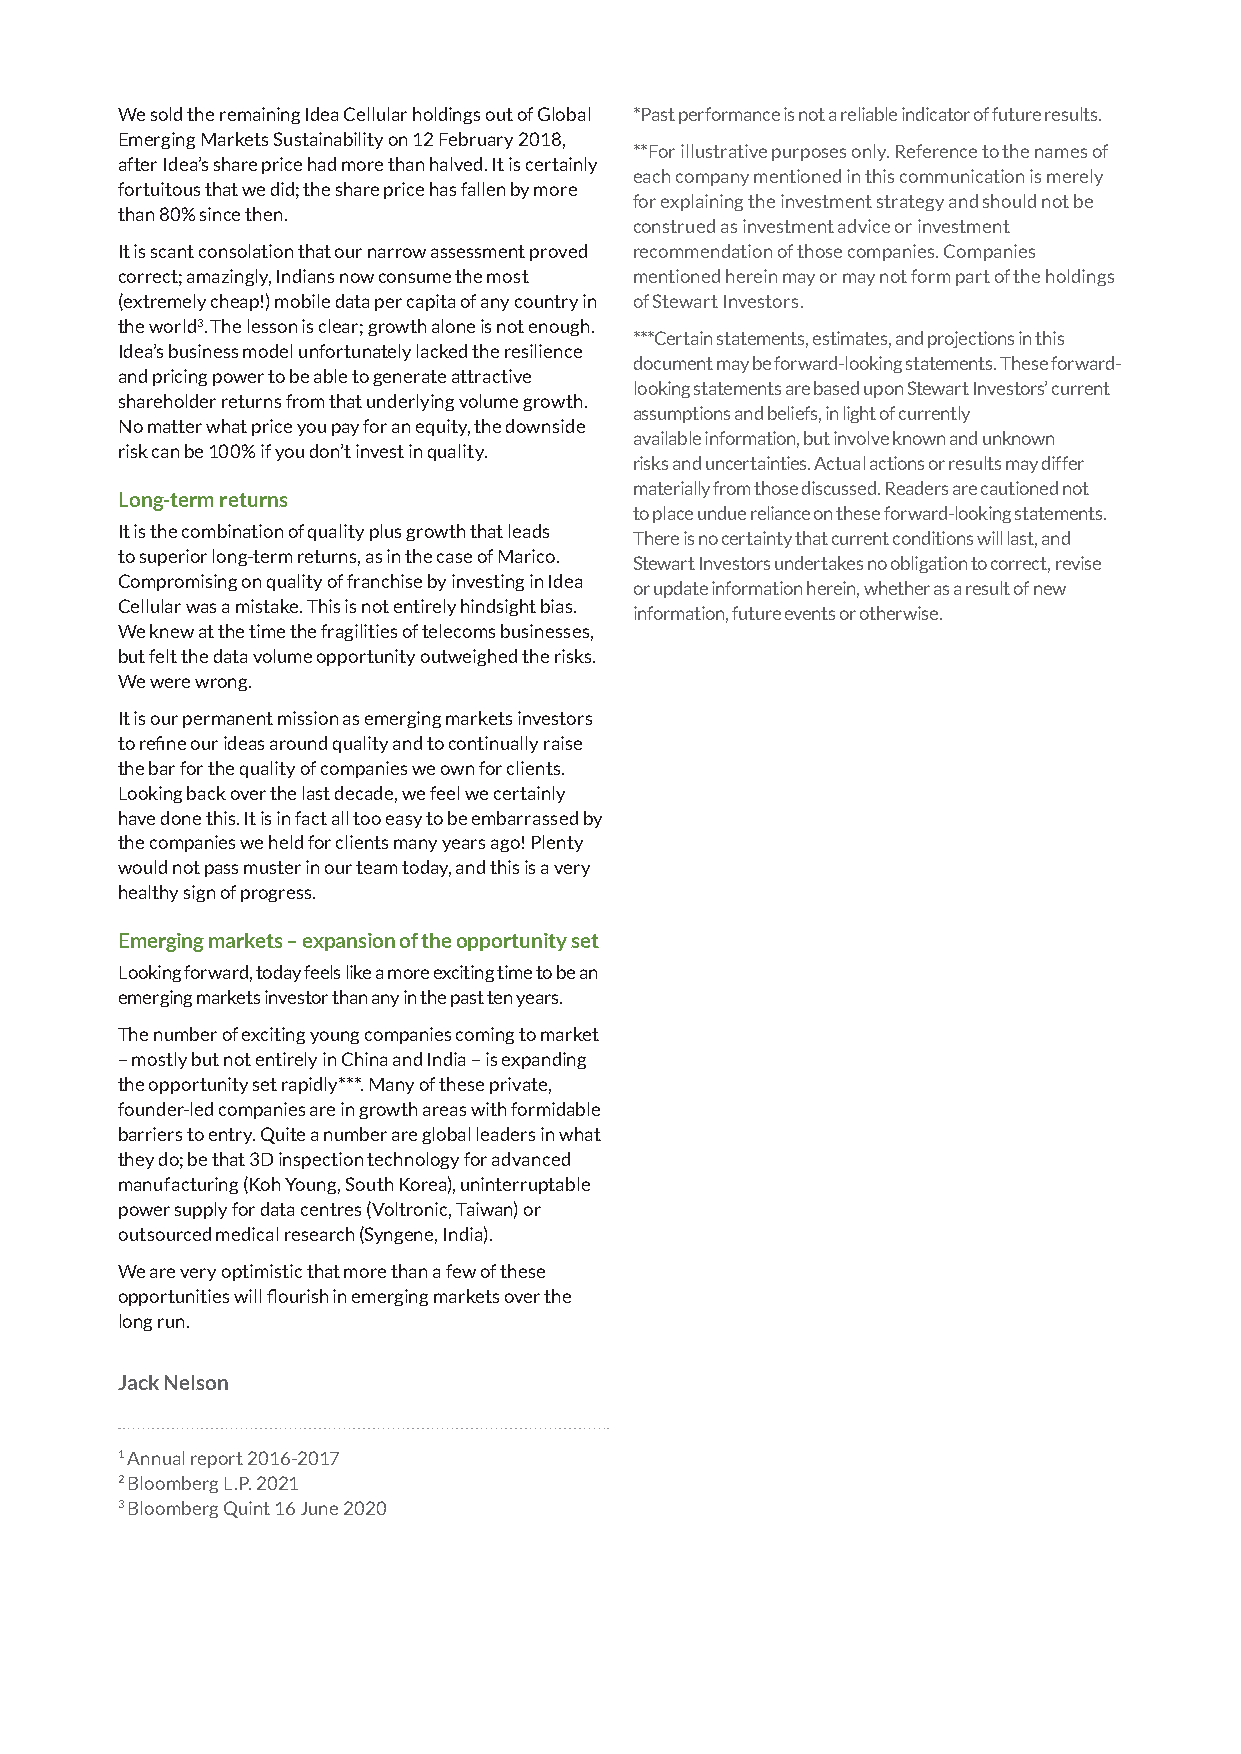
We sold the remaining Idea Cellular holdings out of Global *Past performance is not a reliable indicator of future results.
 Emerging Markets Sustainability on 12 February 2018,
 **For illustrative purposes only. Reference to the names of
 after Idea’s share price had more than halved. It is certainly
 each company mentioned in this communication is merely
 fortuitous that we did; the share price has fallen by more
 for explaining the investment strategy and should not be
 than 80% since then.
 construed as investment advice or investment
 It is scant consolation that our narrow assessment proved recommendation of those companies. Companies
 correct; amazingly, Indians now consume the most mentioned herein may or may not form part of the holdings
 (extremely cheap!) mobile data per capita of any country in of Stewart Investors.
 the world3. The lesson is clear; growth alone is not enough.
 ***Certain statements, estimates, and projections in this
 Idea’s business model unfortunately lacked the resilience
 document may be forward-looking statements. These forward-
 and pricing power to be able to generate attractive
 looking statements are based upon Stewart Investors’ current
 shareholder returns from that underlying volume growth.
 assumptions and beliefs, in light of currently
 No matter what price you pay for an equity, the downside
 available information, but involve known and unknown
 risk can be 100% if you don’t invest in quality.
 risks and uncertainties. Actual actions or results may differ
 materially from those discussed. Readers are cautioned not
 Long-term returns
 to place undue reliance on these forward-looking statements.
 It is the combination of quality plus growth that leads
 There is no certainty that current conditions will last, and
 to superior long-term returns, as in the case of Marico.
 Stewart Investors undertakes no obligation to correct, revise
 Compromising on quality of franchise by investing in Idea
 or update information herein, whether as a result of new
 Cellular was a mistake. This is not entirely hindsight bias.
 information, future events or otherwise.
 We knew at the time the fragilities of telecoms businesses,
 but felt the data volume opportunity outweighed the risks.
 We were wrong.
 It is our permanent mission as emerging markets investors
 to refine our ideas around quality and to continually raise
 the bar for the quality of companies we own for clients.
 Looking back over the last decade, we feel we certainly
 have done this. It is in fact all too easy to be embarrassed by
 the companies we held for clients many years ago! Plenty
 would not pass muster in our team today, and this is a very
 healthy sign of progress.
 Emerging markets – expansion of the opportunity set
 Looking forward, today feels like a more exciting time to be an
 emerging markets investor than any in the past ten years.
 The number of exciting young companies coming to market
 – mostly but not entirely in China and India – is expanding
 the opportunity set rapidly***. Many of these private,
 founder-led companies are in growth areas with formidable
 barriers to entry. Quite a number are global leaders in what
 they do; be that 3D inspection technology for advanced
 manufacturing (Koh Young, South Korea), uninterruptable
 power supply for data centres (Voltronic, Taiwan) or
 outsourced medical research (Syngene, India).
 We are very optimistic that more than a few of these
 opportunities will flourish in emerging markets over the
 long run.
 Jack Nelson
 1 Annual report 2016-2017
 2 Bloomberg L.P. 2021
 3 Bloomberg Quint 16 June 2020